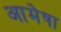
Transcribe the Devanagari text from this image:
आमेषा